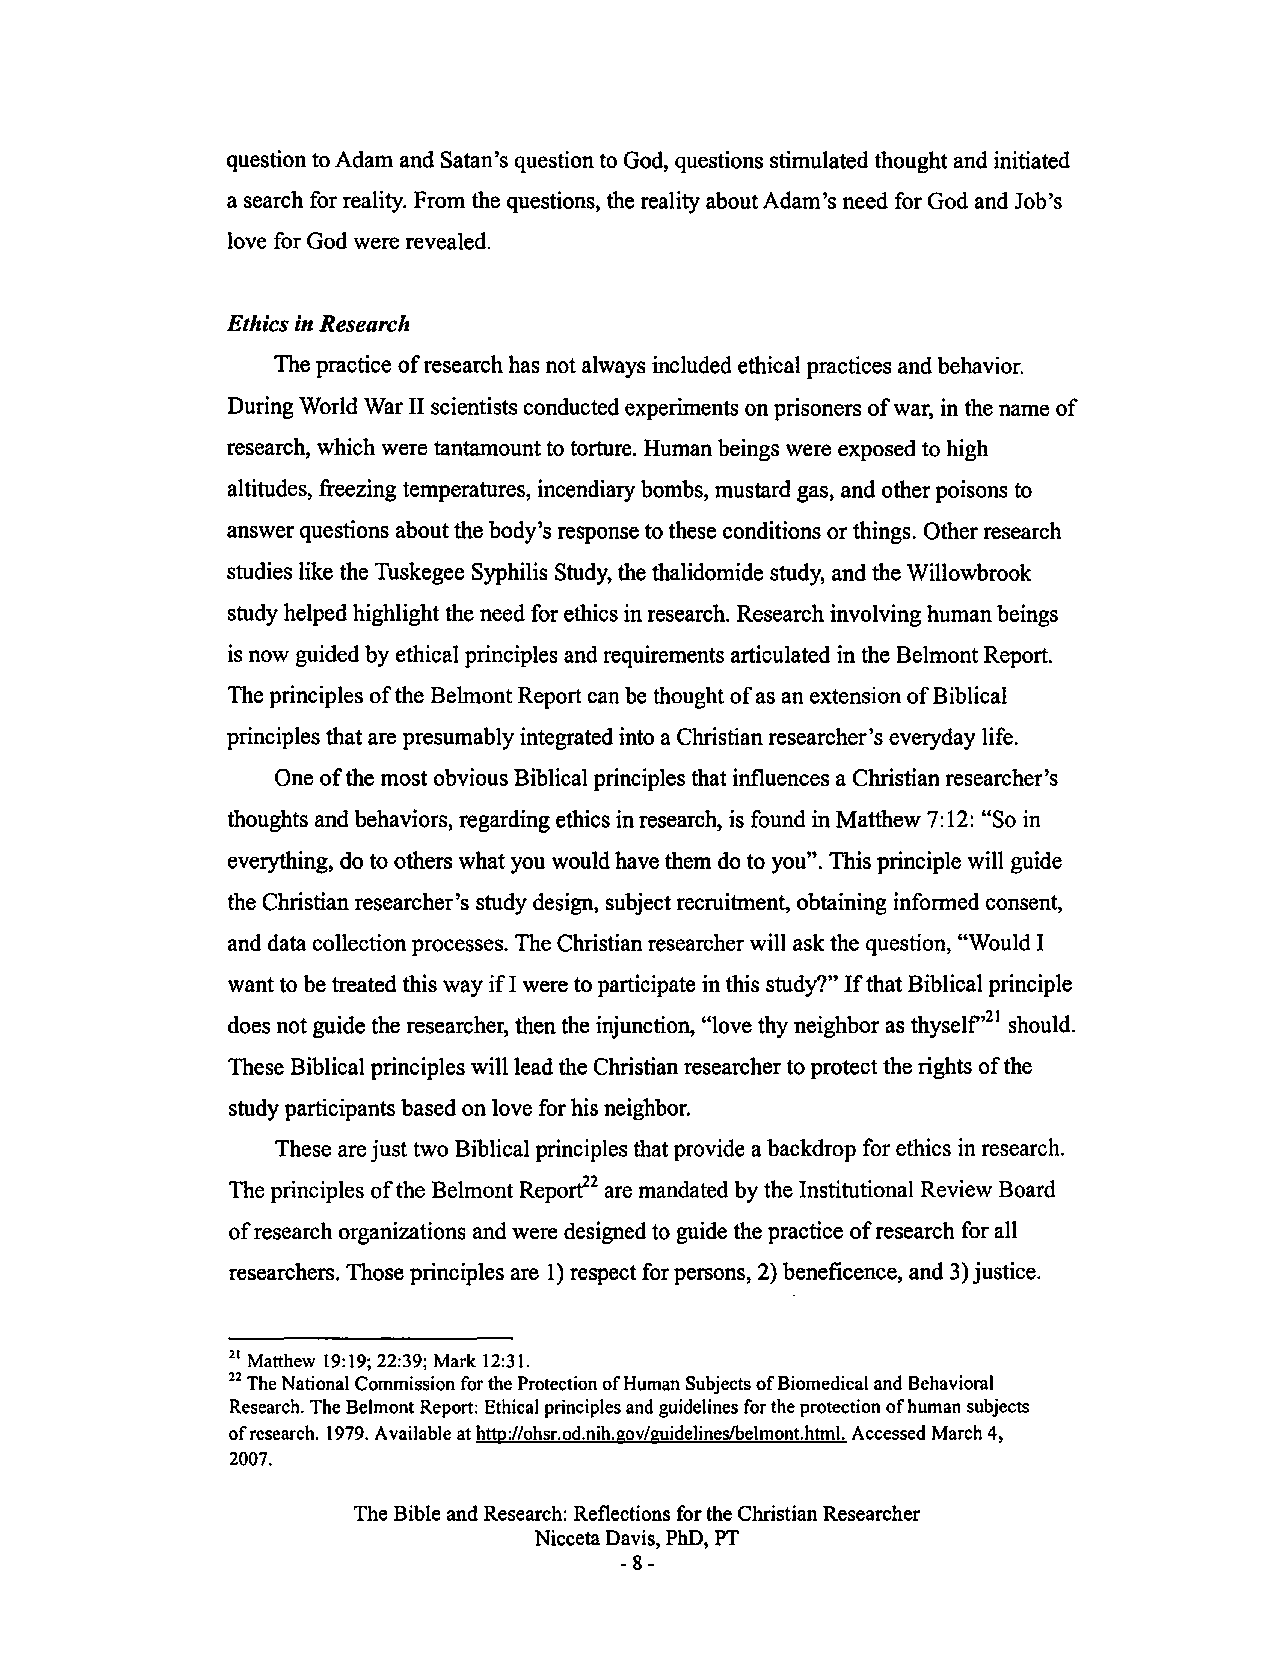
question to Adam and Satan's question to God, questions stimulated thought and initiated
 a search for reality. From the questions, the reality about Adam's need for God and Job's
 love for God were revealed.
 Ethics in Research
 The practice of research has not always included ethical practices and behavior.
 During World War II scientists conducted experiments on prisoners of war, in the name of
 research, which were tantamount to torture. Human beings were exposed to high
 altitudes, freezing temperatures, incendiary bombs, mustard gas, and other poisons to
 answer questions about the body's response to these conditions or things. Other research
 studies like the Tuskegee Syphilis Study, the thalidomide study, and the Willowbrook
 study helped highlight the need for ethics in research. Research involving human beings
 is now guided by ethical principles and requirements articulated in the Belmont Report.
 The principles of the Belmont Report can be thought of as an extension of Biblical
 principles that are presumably integrated into a Christian researcher's everyday life.
 One of the most obvious Biblical principles that influences a Christian researcher's
 thoughts and behaviors, regarding ethics in research, is found in Matthew 7:12: "So in
 everything, do to others what you would have them do to you". This principle will guide
 the Christian researcher's study design, subject recruitment, obtaining informed consent,
 and data collection processes. The Christian researcher will ask the question, "Would I
 want to be treated this way if I were to participate in this study?" If that Biblical principle
 21
 does not guide the researcher, then the injunction, "love thy neighbor as thyself' should.
 These Biblical principles will lead the Christian researcher to protect the rights of the
 study participants based on love for his neighbor.
 These are just two Biblical principles that provide a backdrop for ethics in research.
 The principles of the Belmont Reporr2 are mandated by the Institutional Review Board
 of research organizations and were designed to guide the practice of research for all
 researchers. Those principles are 1) respect for persons, 2) beneficence, and 3) justice.
 21 Matthew 19: 19; 22:39; Mark 12:31.
 22 The National Commission for the Protection of Human Subjects of Biomedical and Behavioral
 Research. The Belmont Report: Ethical principles and guidelines for the protection of human subjects
 of research. 1979. Available at http://ohsr.od.nih.gov/guidelineslbelmont.html. Accessed March 4,
 2007.
 The Bible and Research: Reflections for the Christian Researcher
 Nicceta Davis, PhD, PT
 -8-